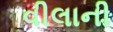
વીલાની